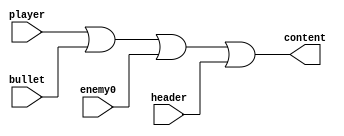
`timescale 1ns / 1ps
//////////////////////////////////////////////////////////////////////////////////
// Company: 
// Engineer: 
// 
// Design Name: 
// Module Name:    rgbORModule 
// Project Name: 
// Target Devices: 
// Tool versions: 
// Description: 
//
// Dependencies: 
//
// Revision: 
// Revision 0.01 - File Created
// Additional Comments: 
//
//////////////////////////////////////////////////////////////////////////////////
module rgbORModule(player,
						 header,
						 bullet,
						 enemy0,
						 content
    );

input [5:0] player;
input [5:0] header;
input [5:0] bullet;
input [5:0] enemy0;
output [5:0] content;


assign content = player | bullet | enemy0  | header;

endmodule